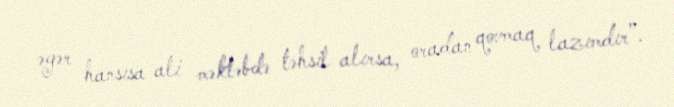
əgər hansısa ali məktəbdə təhsil alırsa, oradan qovmaq lazımdır”.